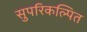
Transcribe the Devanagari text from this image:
सुपरिकल्पित